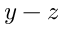
y - z